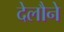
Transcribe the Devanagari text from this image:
देलौने